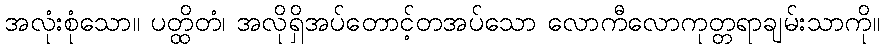
အလုံးစုံသော။ ပတ္ထိတံ၊ အလိုရှိအပ်တောင့်တအပ်သော လောကီလောကုတ္တရာချမ်းသာကို။